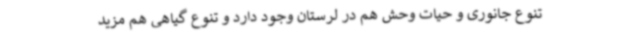
تنوع جانوری و حیات وحش هم در لرستان وجود دارد و تنوع گیاهی هم مزید